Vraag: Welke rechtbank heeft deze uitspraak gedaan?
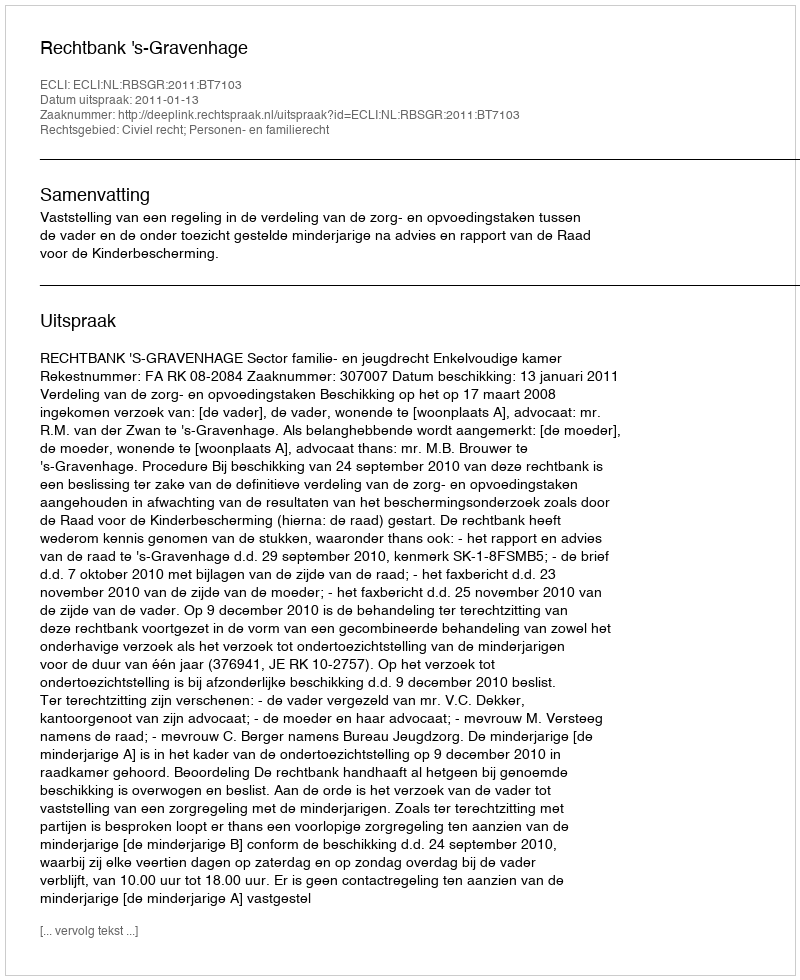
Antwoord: Rechtbank 's-Gravenhage